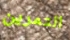
التمرين